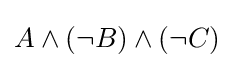
A\wedge (\neg B)\wedge (\neg C)